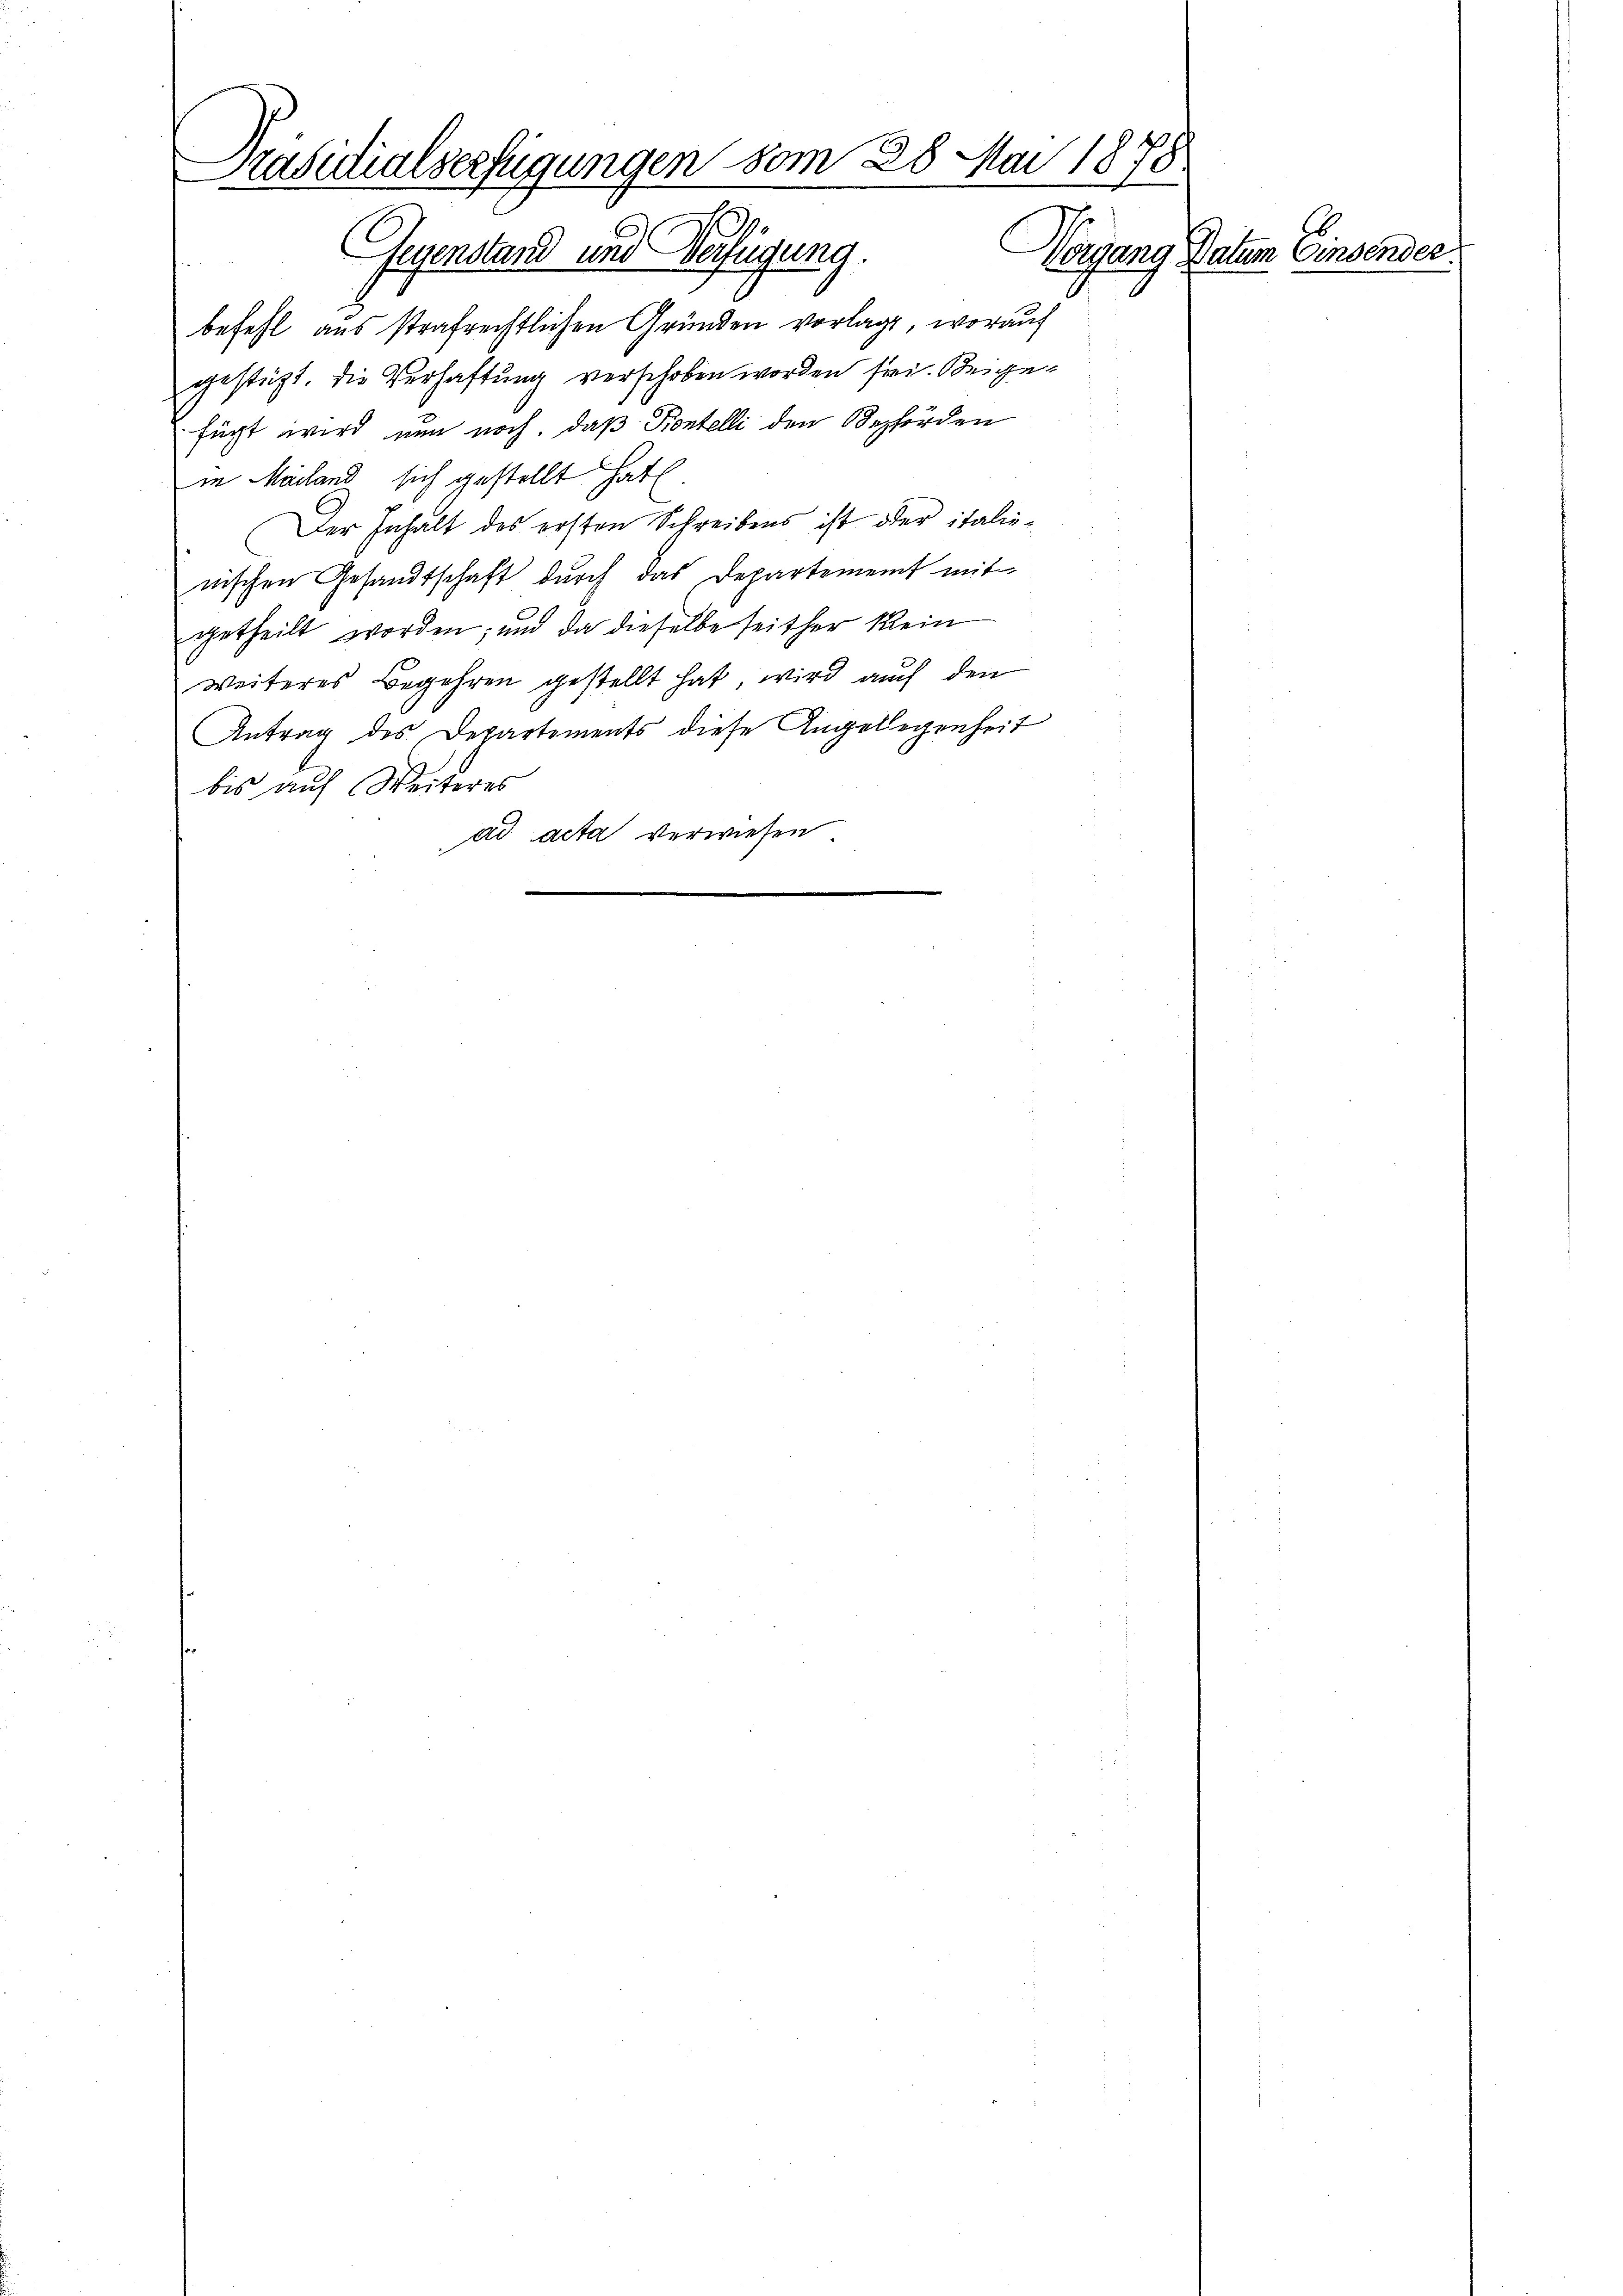
Präsidialverfügungen vom 28. Mai 1878
Gegenstand und Verfügung.
Vorgang Datum Einsender

befehl aus strafrechtlichen Gründen vorlage, worauf
gestützt. Die Verhaftung verschoben worden frei. Bei gefügt wird nun noch, daß Kontelli den Behörden
in Mailand sich gestellt hat.
Der Inhalt des ersten Schreibens ist oder italienischen Gesandtschaft durch das Departement mit
getheilt worden; und da dieselbe seither kein
weiteres Begehren gestellt hat, wird auch den
Antrag des Departements diese Angellegenheit
bis auf Weiteres
ad acta verwiesen